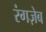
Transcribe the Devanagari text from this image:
रंगज़ेब